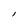
Character: l